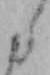
た